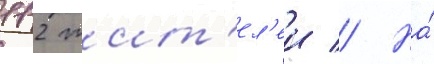
112 жит'ел'еи // На́